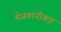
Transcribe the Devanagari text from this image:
मेजबानीकृत